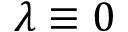
\lambda \equiv 0